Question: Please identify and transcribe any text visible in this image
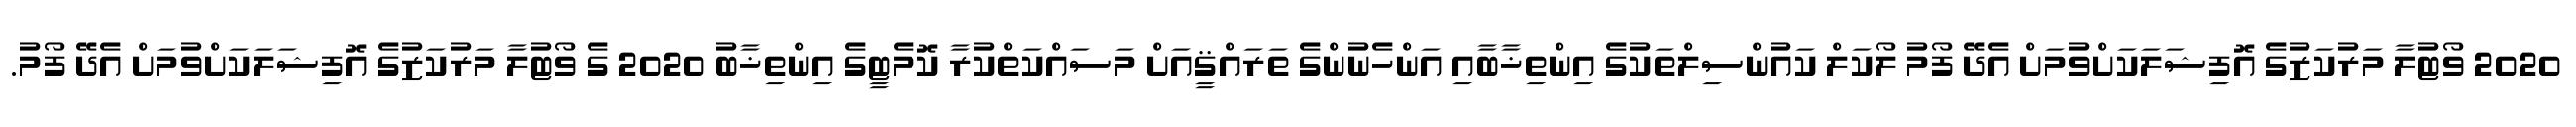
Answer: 2020 ވޯޓުލާ މަރުކަޒުގެ އޮފިޝަލަކަށްވުމަށް އެދޭ ފޯމު ލޯކަލް ކައުންސިލްތަކުގެ އިންތިޚާބާއި އަންހެނުންގެ ތަރައްޤީއަށް މަސައްކަތްކުރާ ކޮމެޓީގެ އިންތިޚާބު 2020 ގެ ވޯޓުލާ މަރުކަޒުގެ އޮފިޝަލަކަށްވުމަށް އެދޭ ފޯމު.